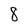
Character: 8